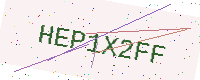
Text: HEP1X2FF